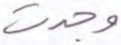
وجدت